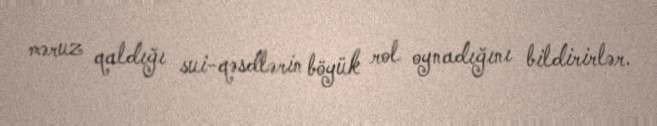
məruz qaldığı sui-qəsdlərin böyük rol oynadığını bildirirlər.